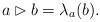
LaTeX: \begin{align*}a\rhd b = \lambda_a(b).\end{align*}